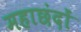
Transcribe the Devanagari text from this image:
महाछंदों